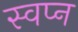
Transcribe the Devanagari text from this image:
स्‍वप्‍न